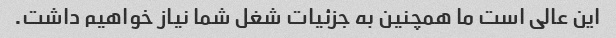
این عالی است ما همچنین به جزئیات شغل شما نیاز خواهیم داشت.